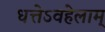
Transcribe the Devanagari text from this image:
धत्तेऽवहेलाम्